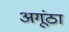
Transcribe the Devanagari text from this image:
अगूंठा